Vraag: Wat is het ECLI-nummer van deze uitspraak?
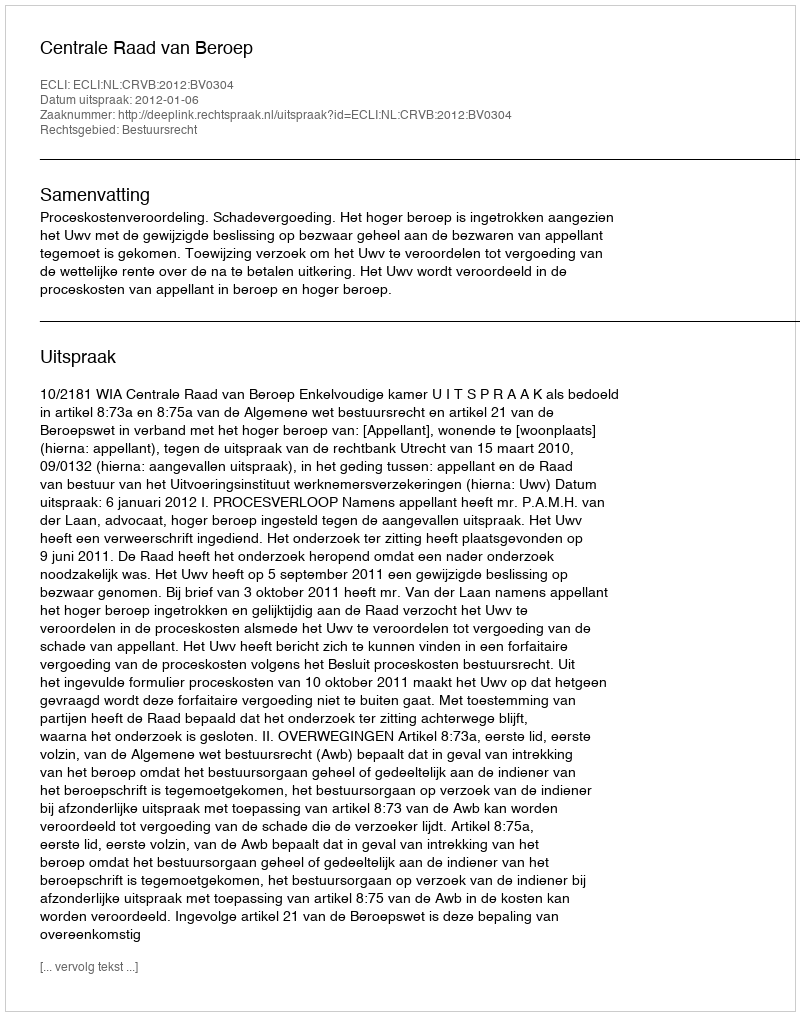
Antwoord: ECLI:NL:CRVB:2012:BV0304